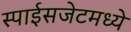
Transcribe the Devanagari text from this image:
स्पाईसजेटमध्ये